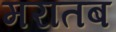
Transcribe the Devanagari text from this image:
मरातब